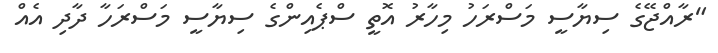
"ރާއްޖޭގެ ސިޔާސީ މަސްރަހު މިހާރު އޮތީ ސްޕެއިންގެ ސިޔާސީ މަސްރަހާ ދާދި އެއް